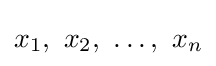
x_{1},\ x_{2},\ \ldots ,\ x_{n}